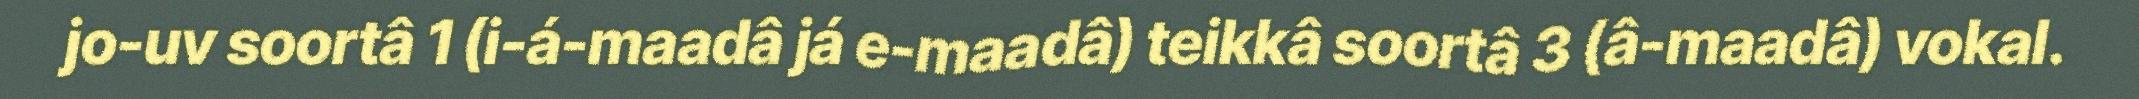
jo-uv soortâ 1 (i-á-maadâ já e-maadâ) teikkâ soortâ 3 (â-maadâ) vokal.